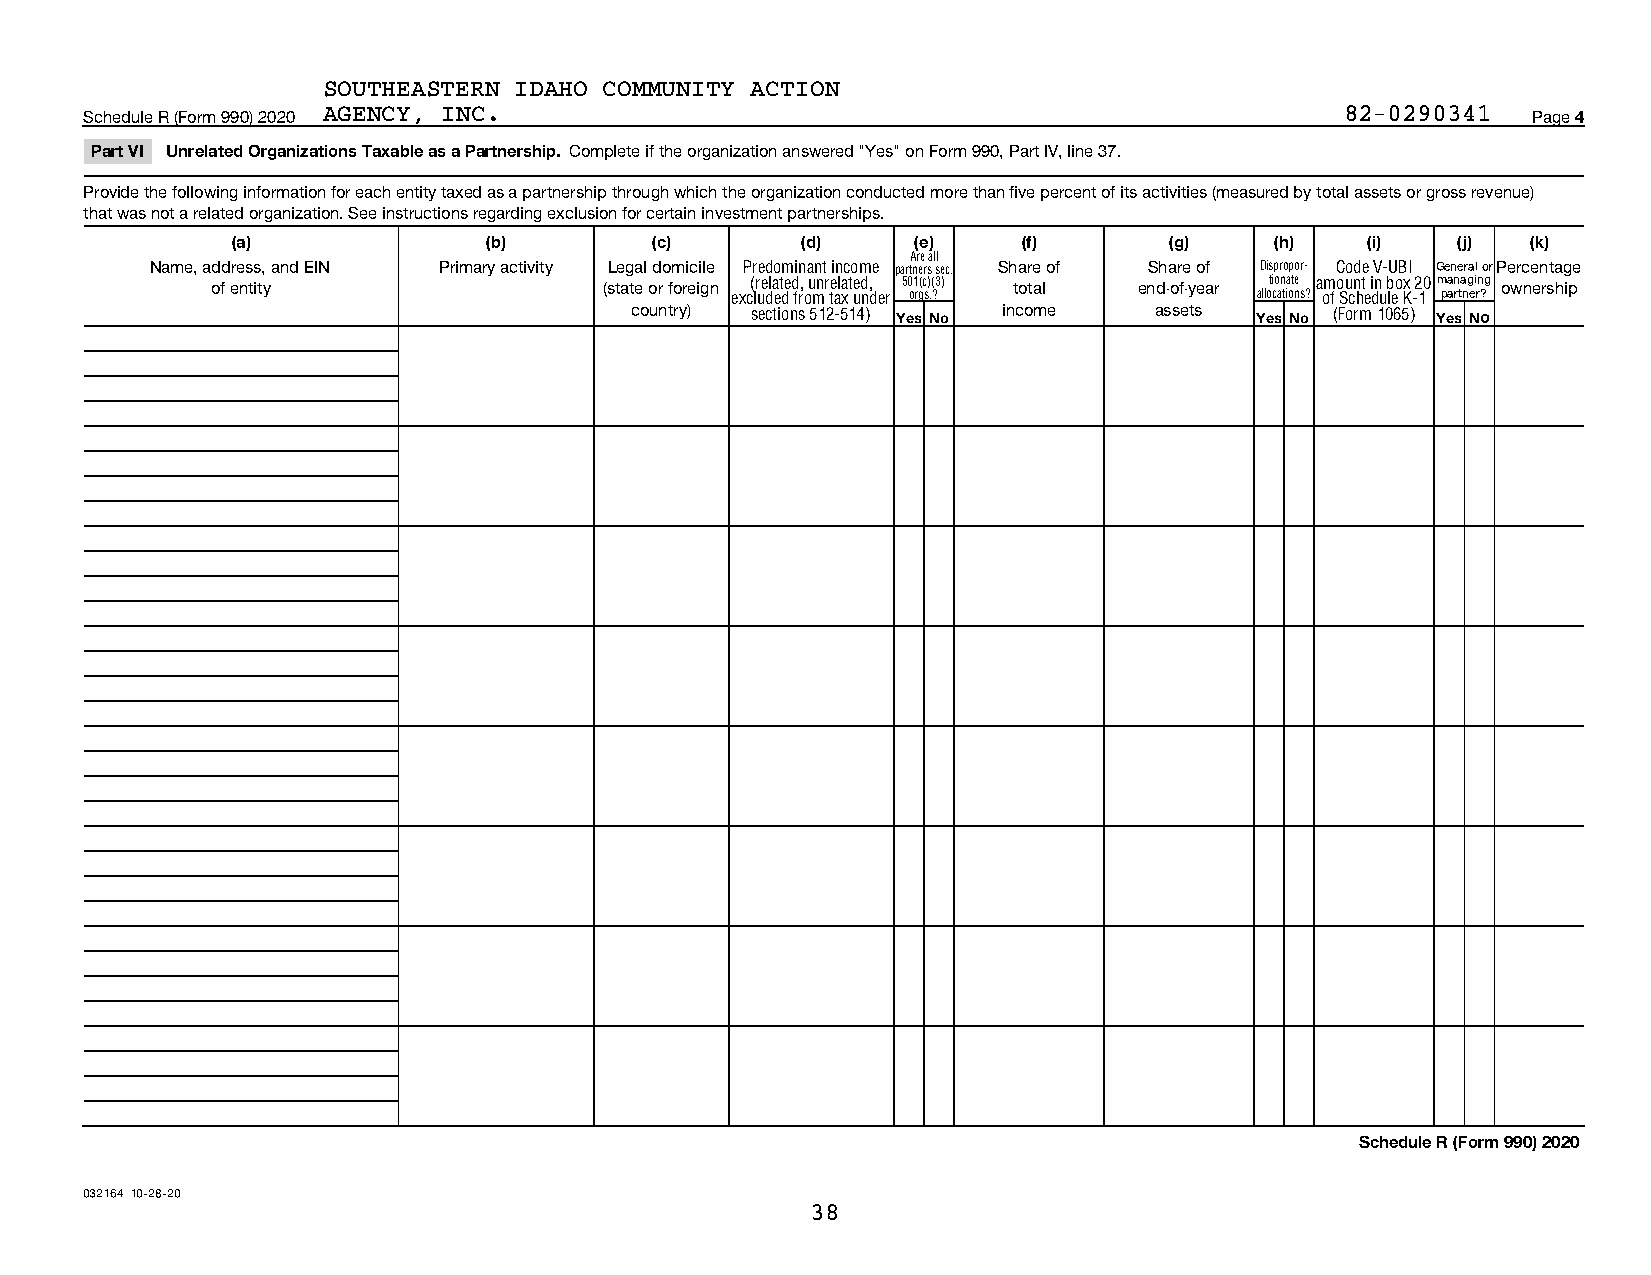
SOUTHEASTERN IDAHO COMMUNITY ACTION
 Schedule R (Form 990) 2020 AGENCY, INC.                                            82-0290341  Page 4
 Part VI Unrelated Organizations Taxable as a Partnership. Complete if the organization answered "Yes" on Form 990, Part IV, line 37.
 Provide the following information for each entity taxed as a partnership through which the organization conducted more than five percent of its activities (measured by total assets or gross revenue)
 that was not a related organization. See instructions regarding exclusion for certain investment partnerships.
 (a)              (b)        (c)       (d)     (e)    (f)      (g)    (h)   (i)   (j)  (k)
 Are all
 Name, address, and EIN Primary activity Legal domicile Predominant income partners sec. Share of Share of Dispropor- Code V-UBI General orPercentage
 of entity                 (state or foreign (related, unrelated, 501(c)(3) total end-of-year tionate amount in box 20managing ownership
 excluded from tax under orgs.?     allocations? of Schedule K-1 partner?
 country) sections 512-514) Yes No income assets Yes No (Form 1065) Yes No
 Schedule R (Form 990) 2020
 032164 10-28-20
 38